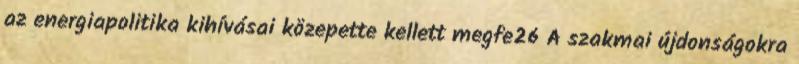
az energiapolitika kihívásai közepette kellett megfe26 A szakmai újdonságokra